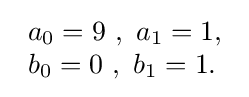
{\begin{array}{lcr}a_{0}=9\ ,\ a_{1}=1,\\b_{0}=0\ ,\ b_{1}=1.\\\end{array}}